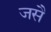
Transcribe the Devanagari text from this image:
जसै